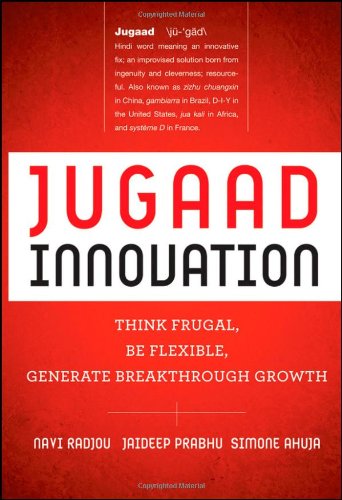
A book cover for Jugaad Innovation: Think Frugal, Be Flexible, Generate Breakthrough Growth; Navi Radjou; Business & Money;